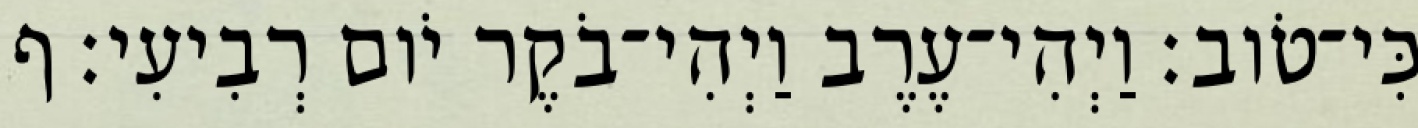
כִּי־טֹוב׃ וַיְהִי־עֶרֶב וַיְהִי־בֹקֶר יֹום רְבִיעִי׃ ף